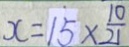
x = 1 5 \times \frac { 1 0 } { 2 1 }